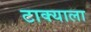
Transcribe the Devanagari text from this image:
टाक्याला